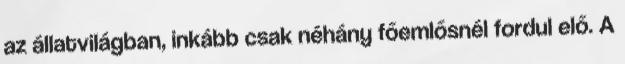
az állatvilágban, inkább csak néhány főemlősnél fordul elő. A